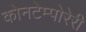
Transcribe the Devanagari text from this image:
कोनटेम्पोरेरी